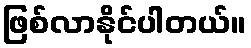
ဖြစ်လာနိုင်ပါတယ်။